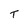
Character: T